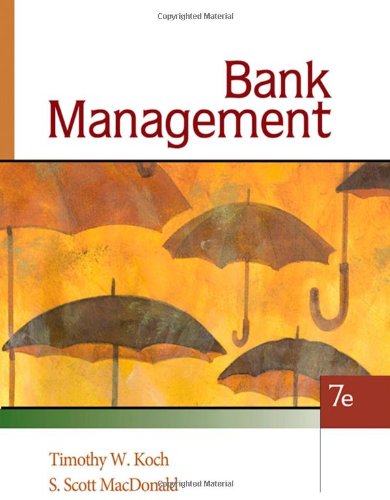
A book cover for Bank Management; Timothy W. Koch; Business & Money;